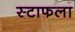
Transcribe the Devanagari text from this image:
स्टाफला